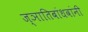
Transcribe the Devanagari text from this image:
ज्ञातिबांधवांनी